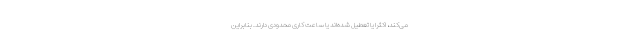
می‌کند، اکثرا یا تعطیل شده‌اند یا ساعت کاری محدودی دارند. بنابراین